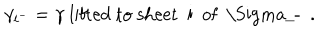
\gamma _ { i ^ { - } } = \gamma \mathrm { ~ l i f t e d ~ t o ~ s h e e t ~ i ~ o f ~ \Sigma _ { - } ~ } \ .